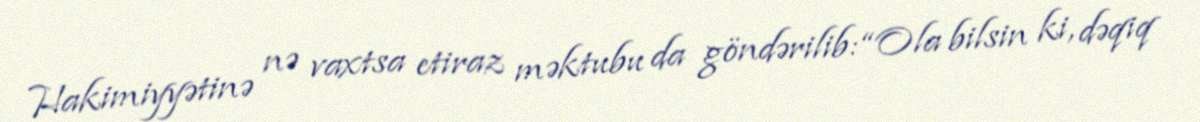
Hakimiyyətinə nə vaxtsa etiraz məktubu da göndərilib: “Ola bilsin ki, dəqiq